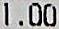
1.00